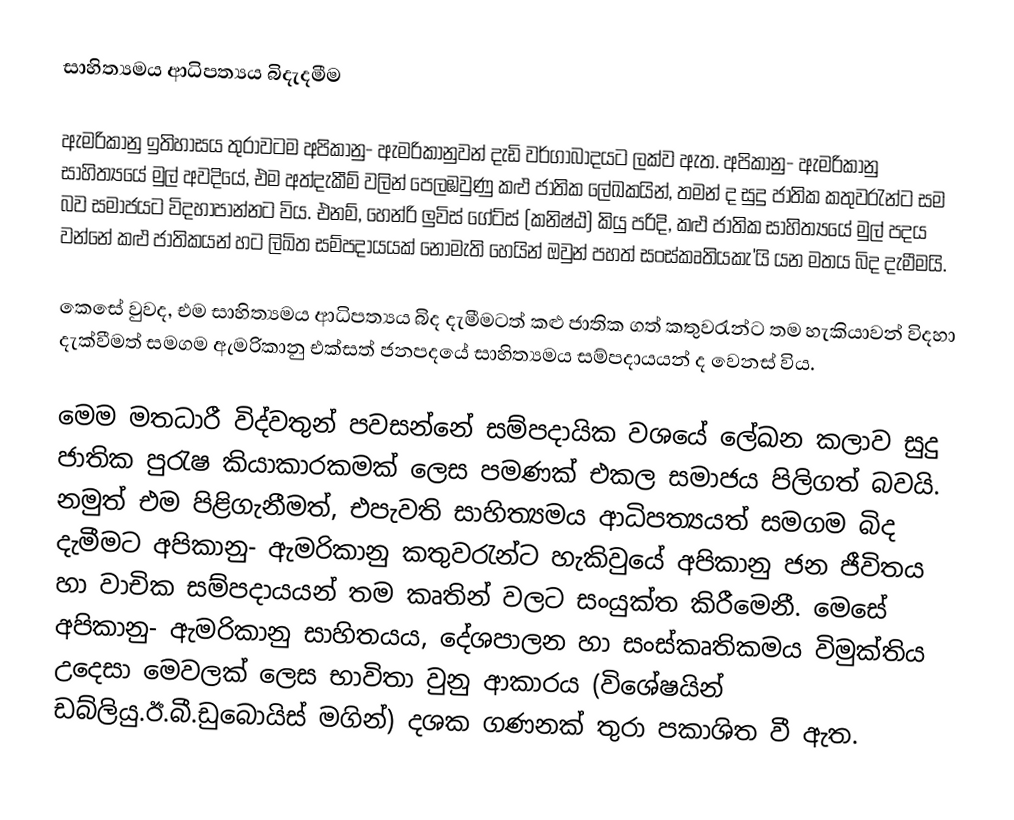
සාහිත්‍යමය ආධිපත්‍යය බිදැදමීම

	ඇමරිකානු ඉතිහාසය තුරාවටම අපිකානු- ඇමරිකානුවන් දැඩි වර්ගාබාදයට ලක්ව ඇත. අපිකානු- ඇමරිකානු සාහිත්‍යයේ මුල් අවදියේ, එම අත්දැකීම් වලින් පෙලඹවුණු කළු ජාතික ලේඛකයින්, තමන් ද සුදු ජාතික කතුවරැන්ට සම බව සමාජයට විදහාපාන්නට විය. එනම්, හෙන්රි ලුවිස් ගේට්ස් (කනිෂ්ඨ) කියු පරිදි, කළු ජාතික සාහිත්‍යයේ මුල් පදය වන්නේ කළු ජාතිකයන් හට ලිඛිත සම්පදායයක් නොමැති හෙයින් ඔවුන් පහත් සංස්කෘතියකැ'යි යන මතය බිද දැමීමයි.

	කෙසේ වුවද, එම සාහිත්‍යමය ආධිපත්‍යය බිද දැමීමටත් ‍කළු ජාතික ගත් කතුවරැන්ට තම හැකියාවන් ‍විදහා දැක්වීමත් සමගම ඇමරිකානු එක්සත් ජනපදයේ සාහිත්‍යමය සම්පදායයන් ද වෙනස් විය.

	මෙම මතධාරී විද්වතුන් පවසන්නේ සම්පදායික වශයේ ලේඛන කලාව සුදු ජාතික පුරැෂ කියාකාරකමක් ලෙස පමණක් එකල සමාජය පිලිගත් බවයි. නමුත් එම පිළිගැනීමත්, එපැවති සාහිත්‍යමය ආධිපත්‍යයත් සමගම බිද දැමීමට අපිකානු- ඇමරිකානු කතුවරැන්ට හැකිවුයේ අපිකානු ජන ජීවිතය හා වාචික සම්පදායයන් තම කෘතින් වලට සංයුක්ත කිරීමෙනී‍. මෙසේ අපිකානු- ඇමරිකානු සාහිතයය, දේශපාලන හා සංස්කෘතිකමය විමුක්තිය උදෙසා මෙවලක් ලෙස භාවිතා වුනු ආකාරය (විශේෂයින් ඩබ්ලියු.ඊ.බී.ඩුබොයිස් මගින්) දශක ගණනක් තුරා පකාශිත වී ඇත.